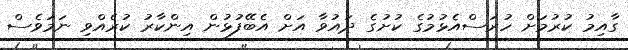
ގާއިމު ކުރުމަށް ހުރަސްއެޅުމުގެ ކުށުގެ ދައުވާ އަށް އެބޭފުޅުން އިންކާރު ކުރެއްވި ނަމަވެސް